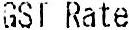
GST RATE